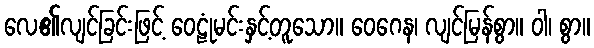
လေ၏လျင်ခြင်းဖြင့် ဝေဠုံမင်းနှင့်တူသော။ ဝေဂေန၊ လျင်မြန်စွာ။ ဝါ၊ စွာ။